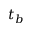
t _ { b }